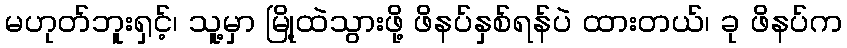
မဟုတ်ဘူးရှင့်၊ သူ့မှာ မြို့ထဲသွားဖို့ ဖိနပ်နှစ်ရန်ပဲ ထားတယ်၊ ခု ဖိနပ်က